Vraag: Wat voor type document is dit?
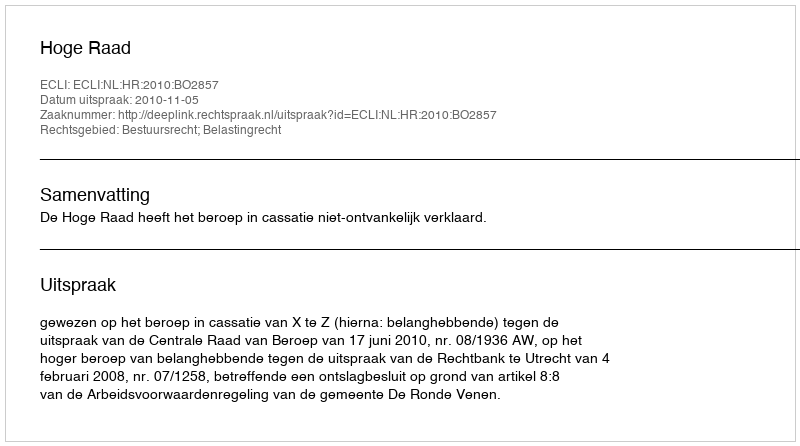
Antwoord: Uitspraak